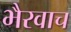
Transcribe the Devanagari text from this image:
भैरवाच